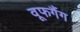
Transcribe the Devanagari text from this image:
वूफगैंग